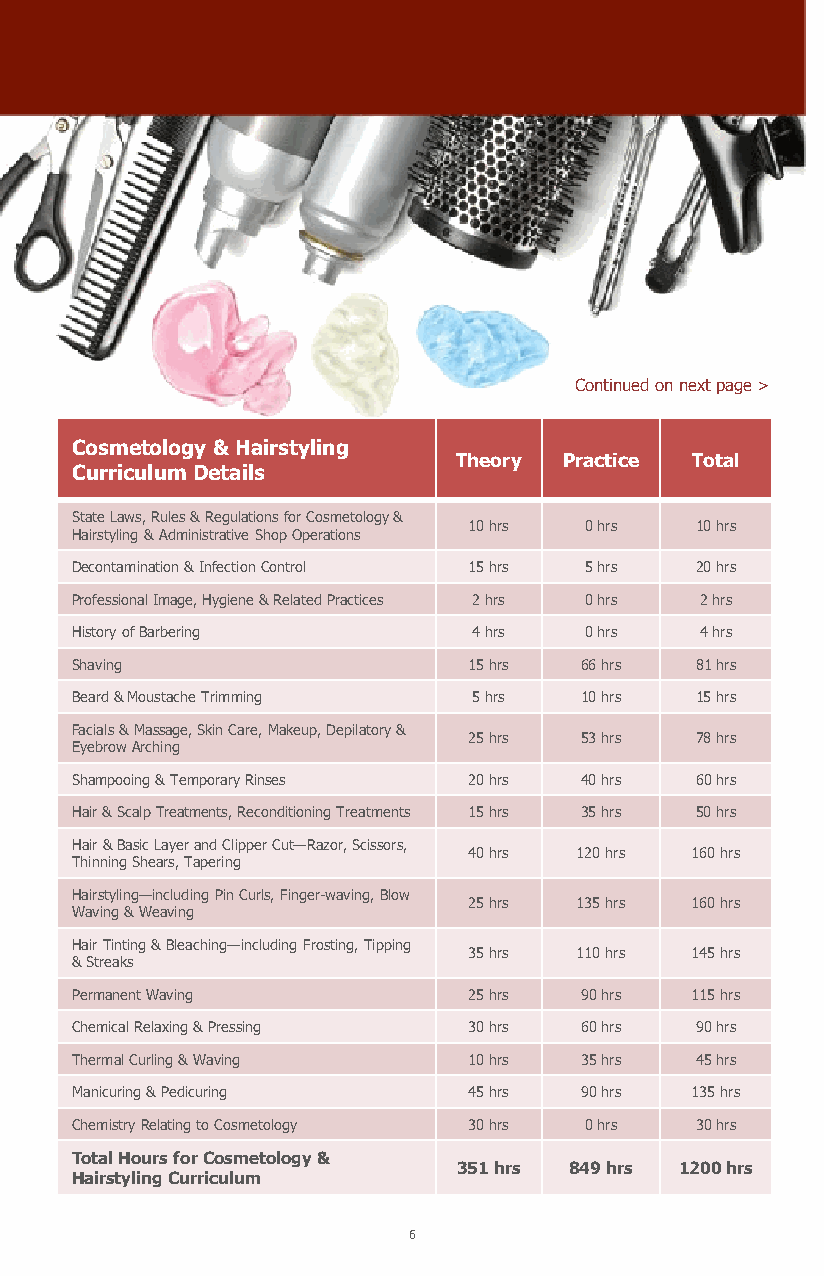
Continued on next page >
 Cosmetology & Hairstyling
 Theory Practice Total
 Curriculum Details
 State Laws, Rules & Regulations for Cosmetology &
 10 hrs  0 hrs  10 hrs
 Hairstyling & Administrative Shop Operations
 Decontamination & Infection Control 15 hrs 5 hrs 20 hrs
 Professional Image, Hygiene & Related Practices 2 hrs 0 hrs 2 hrs
 History of Barbering      4 hrs   0 hrs  4 hrs
 Shaving                   15 hrs 66 hrs  81 hrs
 Beard & Moustache Trimming 5 hrs 10 hrs  15 hrs
 Facials & Massage, Skin Care, Makeup, Depilatory &
 25 hrs 53 hrs  78 hrs
 Eyebrow Arching
 Shampooing & Temporary Rinses 20 hrs 40 hrs 60 hrs
 Hair & Scalp Treatments, Reconditioning Treatments 15 hrs 35 hrs 50 hrs
 Hair & Basic Layer and Clipper Cut—Razor, Scissors,
 40 hrs 120 hrs 160 hrs
 Thinning Shears, Tapering
 Hairstyling—including Pin Curls, Finger-waving, Blow
 25 hrs 135 hrs 160 hrs
 Waving & Weaving
 Hair Tinting & Bleaching—including Frosting, Tipping
 35 hrs 110 hrs 145 hrs
 & Streaks
 Permanent Waving          25 hrs 90 hrs  115 hrs
 Chemical Relaxing & Pressing 30 hrs 60 hrs 90 hrs
 Thermal Curling & Waving  10 hrs 35 hrs  45 hrs
 Manicuring & Pedicuring   45 hrs 90 hrs  135 hrs
 Chemistry Relating to Cosmetology 30 hrs 0 hrs 30 hrs
 Total Hours for Cosmetology &
 351 hrs 849 hrs 1200 hrs
 Hairstyling Curriculum
 6